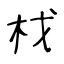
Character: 𣏾